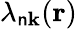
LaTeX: \lambda_{\mathsf{n}\mathbf{{k}}}(\mathbf{{r}})